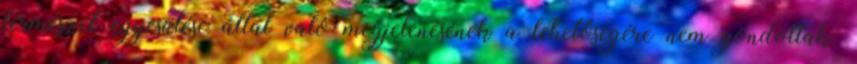
természet egyesülése által való megjelenésének a lehetőségére nem gondoltak.